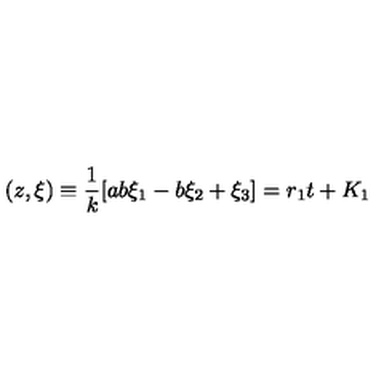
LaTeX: ( z , { \xi } ) \equiv \frac { 1 } { k } [ a b \xi _ { 1 } - b \xi _ { 2 } + \xi _ { 3 } ] = r _ { 1 } t + K _ { 1 }